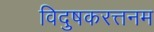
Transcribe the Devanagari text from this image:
विदुषकरत्तनम